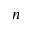
n